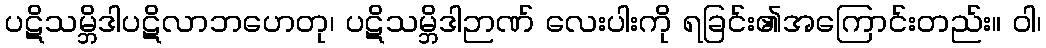
ပဋိသမ္ဘိဒါပဋိလာဘဟေတု၊ ပဋိသမ္ဘိဒါဉာဏ် လေးပါးကို ရခြင်း၏အကြောင်းတည်း။ ဝါ၊